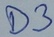
Text: D3